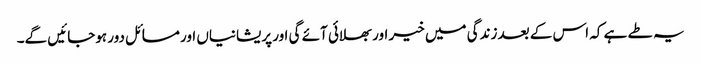
یہ طے ہے کہ اس کے بعد زندگی میں خیر اور بھلائی آئے گی اور پریشانیاں اور مسائل دور ہوجائیں گے۔